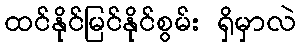
ထင်နိုင်မြင်နိုင်စွမ်း ရှိမှာလဲ